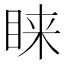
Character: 睐